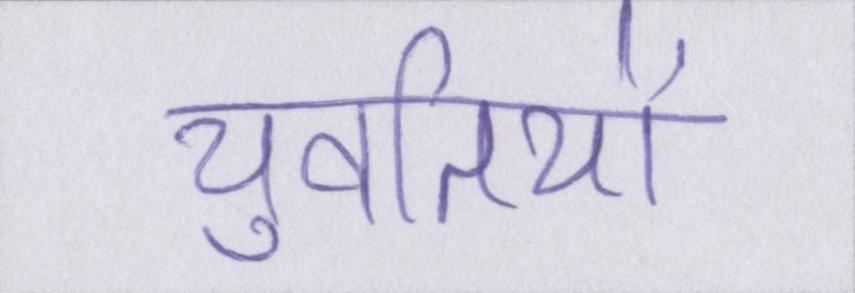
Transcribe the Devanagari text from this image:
युवतियों